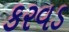
કરવડ